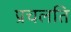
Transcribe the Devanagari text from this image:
प्रचलति